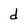
Character: d